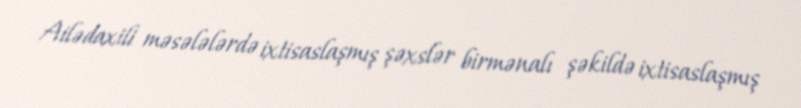
Ailədaxili məsələlərdə ixtisaslaşmış şəxslər birmənalı şəkildə ixtisaslaşmış